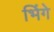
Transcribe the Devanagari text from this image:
भिंगे